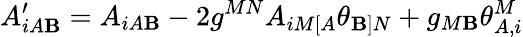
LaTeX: A_{iA\mathbf{B}}^{\prime}=A_{iA\mathbf{B}}-2g^{MN}A_{iM[A}\theta_{\mathbf{B}]N}+g_{M\mathbf{B}}\theta_{A,i}^{M}